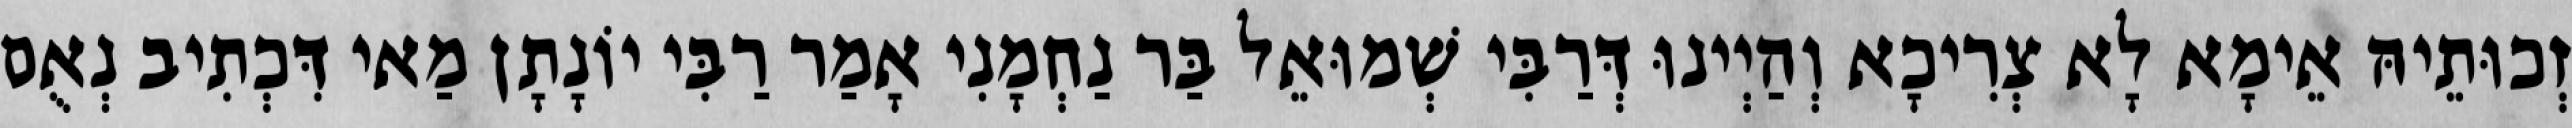
זְכוּתֵיהּ אֵימָא לָא צְרִיכָא וְהַיְינוּ דְּרַבִּי שְׁמוּאֵל בַּר נַחְמָנִי אָמַר רַבִּי יוֹנָתָן מַאי דִּכְתִיב נְאֻם